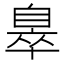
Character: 𦤖